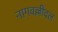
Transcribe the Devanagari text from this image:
नागवल्लीदल